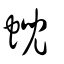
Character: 蜺